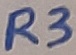
Text: R3